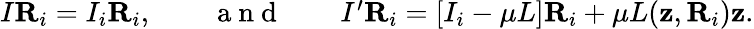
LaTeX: \begin{array}{r}{I{\mathbf R}_{i}=I_{i}{\mathbf R}_{i},\qquad\mathrm{~a~n~d~}\qquad I^{\prime}{\mathbf R}_{i}=[I_{i}-\mu L]{\mathbf R}_{i}+\mu L({\mathbf z},{\mathbf R}_{i}){\mathbf z}.}\end{array}